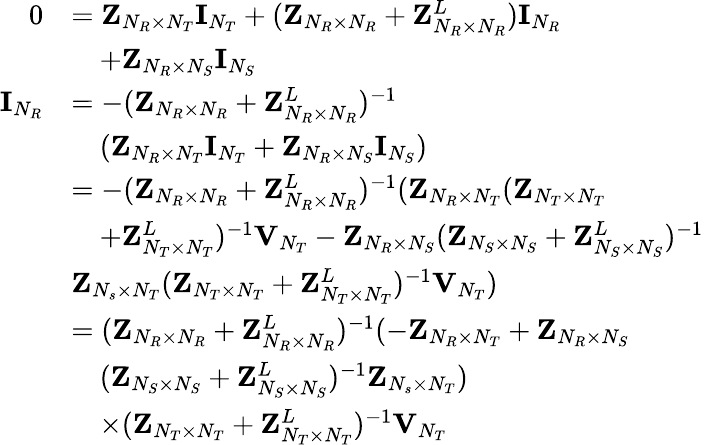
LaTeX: \begin{array}{rl}{0}&{={\mathbf{Z}}_{N_{R}\times N_{T}}{\mathbf{I}}_{N_{T}}+({\mathbf{Z}}_{N_{R}\times N_{R}}+{\mathbf{Z}}_{N_{R}\times N_{R}}^{L}){\mathbf{I}}_{N_{R}}}\\ &{\quad+{\mathbf{Z}}_{N_{R}\times N_{S}}{\mathbf{I}}_{N_{S}}}\\ {{\mathbf{I}}_{N_{R}}}&{=-({\mathbf{Z}}_{N_{R}\times N_{R}}+{\mathbf{Z}}_{N_{R}\times N_{R}}^{L})^{-1}}\\ &{\quad({\mathbf{Z}}_{N_{R}\times N_{T}}{\mathbf{I}}_{N_{T}}+{\mathbf{Z}}_{N_{R}\times N_{S}}{\mathbf{I}}_{N_{S}})}\\ &{=-({\mathbf{Z}}_{N_{R}\times N_{R}}+{\mathbf{Z}}_{N_{R}\times N_{R}}^{L})^{-1}({\mathbf{Z}}_{N_{R}\times N_{T}}({\mathbf{Z}}_{N_{T}\times N_{T}}}\\ &{\quad+{\mathbf{Z}}_{N_{T}\times N_{T}}^{L})^{-1}{\mathbf{V}}_{N_{T}}-{\mathbf{Z}}_{N_{R}\times N_{S}}({\mathbf{Z}}_{N_{S}\times N_{S}}+{\mathbf{Z}}_{N_{S}\times N_{S}}^{L})^{-1}}\\ &{{\mathbf{Z}}_{N_{s}\times N_{T}}({\mathbf{Z}}_{N_{T}\times N_{T}}+{\mathbf{Z}}_{N_{T}\times N_{T}}^{L})^{-1}{\mathbf{V}}_{N_{T}})}\\ &{=({\mathbf{Z}}_{N_{R}\times N_{R}}+{\mathbf{Z}}_{N_{R}\times N_{R}}^{L})^{-1}(-{\mathbf{Z}}_{N_{R}\times N_{T}}+{\mathbf{Z}}_{N_{R}\times N_{S}}}\\ &{\quad({\mathbf{Z}}_{N_{S}\times N_{S}}+{\mathbf{Z}}_{N_{S}\times N_{S}}^{L})^{-1}{\mathbf{Z}}_{N_{s}\times N_{T}})}\\ &{\quad\times({\mathbf{Z}}_{N_{T}\times N_{T}}+{\mathbf{Z}}_{N_{T}\times N_{T}}^{L})^{-1}{\mathbf{V}}_{N_{T}}}\end{array}